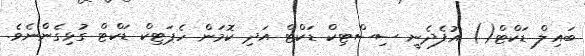
ބައިލް ޑަކްޓް() އުފެދެނީ ސިސްޓިކް ޑަކްޓް އަދި ކޮމަން ހެޕަޓިކް ޑަކްޓް ގުޅިގެންނެވެ.